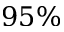
9 5 \%